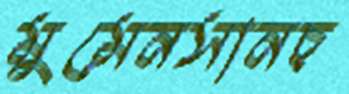
মুমেনসানচ্